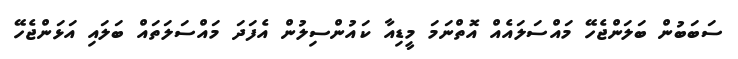
ސަބަބުން ބަލަންޖެހޭ މައްސަލައެއް އޮތްނަމަ މީޑިއާ ކައުންސިލުން އެފަދަ މައްސަލަތައް ބަލައި އަޅަންޖެހޭ